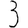
Digit: 3